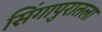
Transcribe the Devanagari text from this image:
सिंगापुरातला